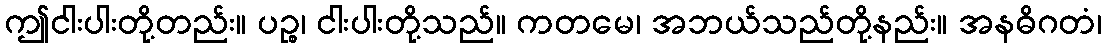
ဤငါးပါးတို့တည်း။ ပဉ္စ၊ ငါးပါးတို့သည်။ ကတမေ၊ အဘယ်သည်တို့နည်း။ အနဓိဂတံ၊